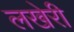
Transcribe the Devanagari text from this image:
लखेरी